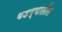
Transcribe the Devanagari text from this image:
थडग्यातील